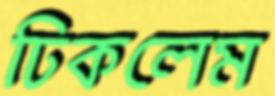
ঢিকলেম